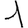
Digit: 1